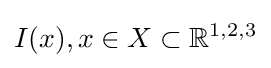
I(x),x\in X\subset {\mathbb {R} }^{1,2,3}